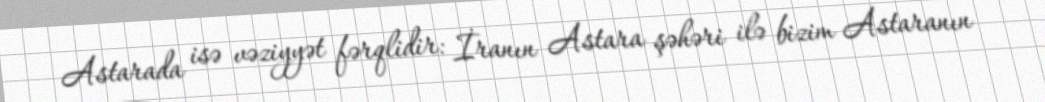
Astarada isə vəziyyət fərqlidir: İranın Astara şəhəri ilə bizim Astaranın